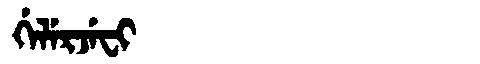
Manchu: ᡤᡝᠯᡝᡵᠵᡝᠸᡳ
Romanization: GELERJEFI